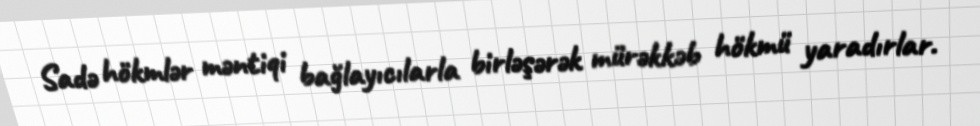
Sadə hökmlər məntiqi bağlayıcılarla birləşərək mürəkkəb hökmü yaradırlar.